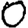
Digit: 0